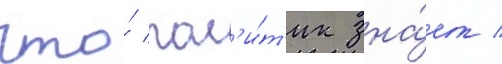
что́ пол'и́т'ик зна́ет /